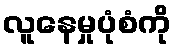
လူနေမှုပုံစံကို